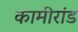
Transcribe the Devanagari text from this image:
कामीरांड